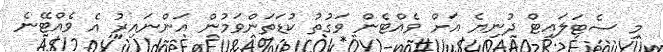
މި ސެޓަލައިޓް ދުނިޔެ އަށް ވެއްޓެން ވަގުތު ކުޑަތަންވަމުން އަންނައިރު އެ ވެއްޓޭނެ